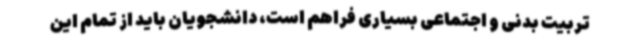
تربیت بدنی و اجتماعی بسیاری فراهم است، دانشجویان باید از تمام این